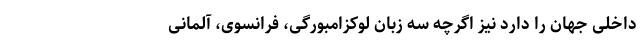
داخلی جهان را دارد نیز اگرچه سه زبان لوکزامبورگی، فرانسوی، آلمانی